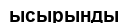
ысырынды